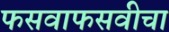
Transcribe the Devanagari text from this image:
फसवाफसवीचा